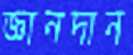
জ্ঞানদান